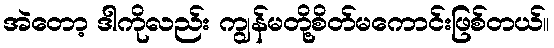
အဲတော့ ဒါကိုလည်း ကျွန်မတို့စိတ်မကောင်းဖြစ်တယ်။